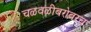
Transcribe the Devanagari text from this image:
चळवळीबरोबरच